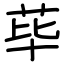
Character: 荜